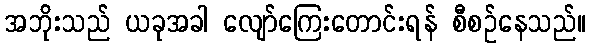
အဘိုးသည် ယခုအခါ လျော်ကြေးတောင်းရန် စီစဉ်နေသည်။